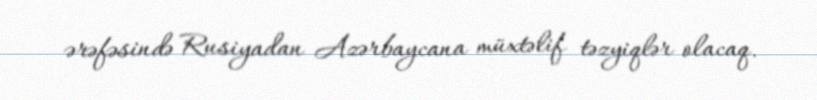
ərəfəsində Rusiyadan Azərbaycana müxtəlif təzyiqlər olacaq.